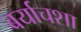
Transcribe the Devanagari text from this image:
बर्याचशा